Source: Handwritten
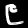
Digit: ၉ (9)